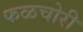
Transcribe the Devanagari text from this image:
फळचोरी